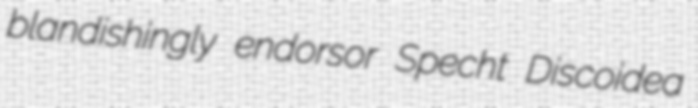
blandishingly endorsor Specht Discoidea